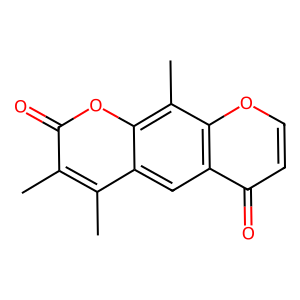
SMILES: Cc1c(C)c2cc3c(=O)ccoc3c(C)c2oc1=O
Inhibits HIV replication: No